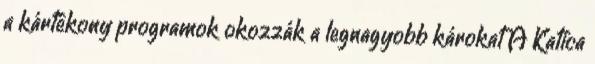
a kártékony programok okozzák a legnagyobb károkat A Katica